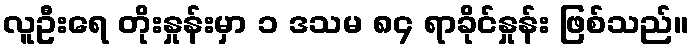
လူဦးရေ တိုးနှုန်းမှာ ၁ ဒသမ ၈၄ ရာခိုင်နှုန်း ဖြစ်သည်။